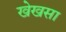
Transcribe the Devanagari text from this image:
खेखसा